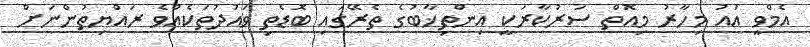
އެމްވީ އައު މިހާރު މިއޮތް ސަރުކާރަކީ އިންތިޚާބުގެ ތެރޭގައި ބޮޑެތި ވައުދުތަކެއްވެ ރައްޔިތުންނަށް